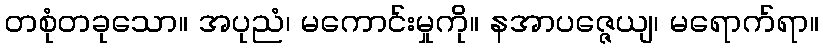
တစုံတခုသော။ အပုညံ၊ မကောင်းမှုကို။ နအာပဇ္ဇေယျ၊ မရောက်ရာ။